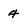
Character: 4